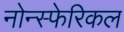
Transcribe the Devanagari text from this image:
नोन्स्फेरिकल